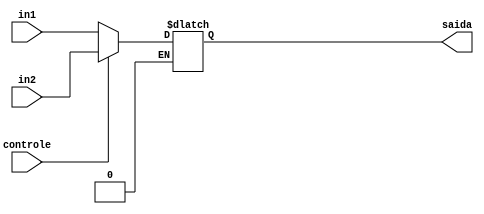
//MUX_1bit
//LUCAS SANTOS RODRIGUES
//VINICIUS FERREIRA PINHEIRO

module MUX_1bit (
    in1,
    in2,
    controle,
    saida
);

  input wire in1;
  input wire in2;
  input wire controle;

  output wire saida;

  reg aux_saida;

  always @(in1 or in2 or controle) begin
    if (controle == 0) begin
      aux_saida = in1;
    end else if (controle == 1) begin
      aux_saida = in2;
    end
  end

  assign saida = aux_saida;

endmodule